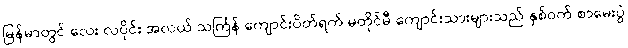
မြန်မာတွင် လေး လပိုင်း အလယ် သင်္ကြန် ကျောင်းပိတ်ရက် မတိုင်မီ ကျောင်းသားများသည် နှစ်ဝက် စာမေးပွဲ